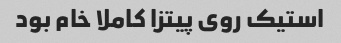
استیک روی پیتزا کاملا خام بود